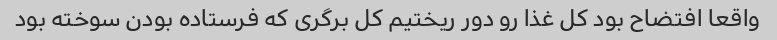
واقعا افتضاح بود کل غذا رو دور ریختیم کل برگری که فرستاده بودن سوخته بود